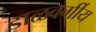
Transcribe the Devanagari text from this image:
डाळवर्गीय